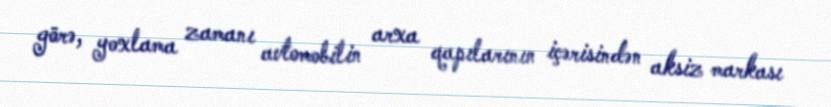
görə, yoxlama zamanı avtomobilin arxa qapılarının içərisindən aksiz markası